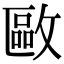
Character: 𢿛